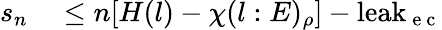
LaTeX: \begin{array}{rl}{s_{n}}&{{}\leq n[H(l)-\chi(l:E)_{\rho}]-\mathrm{leak}_{\mathrm{~e~c~}}}\end{array}